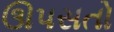
ઊપસતો